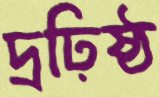
দ্রঢ়িষ্ঠ